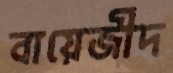
বায়েজীদ